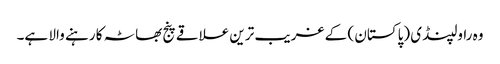
وہ راولپنڈی (پاکستان ) کے غریب ترین علاقے پنج بھاٹہ کا رہنے والا ہے۔